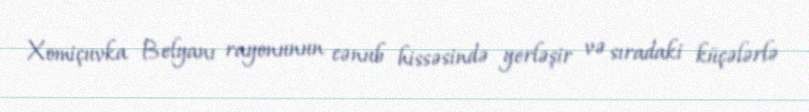
Xomiçuvka Belyanı rayonunun cənub hissəsində yerləşir və sıradaki küçələrlə